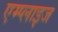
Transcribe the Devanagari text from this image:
एम्प्लाइज